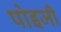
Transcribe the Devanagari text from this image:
पोइजी